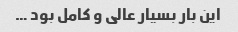
این بار بسیار عالی و کامل بود …